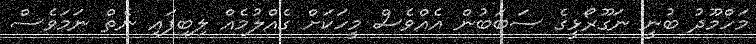
މަހްމޫދު ބުނީ ނަގޫރޯޅީގެ ސަބަބުން އެއްވެސް މީހަކަށް ގެއްލުމެއް ލިބިފައި ނެތް ނަމަވެސް